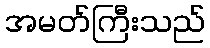
အမတ်ကြီးသည်